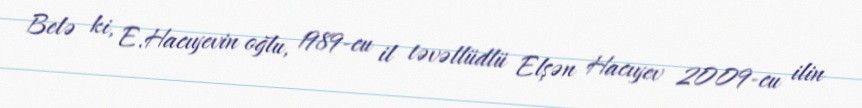
Belə ki, E.Hacıyevin oğlu, 1989-cu il təvəllüdlü Elşən Hacıyev 2009-cu ilin